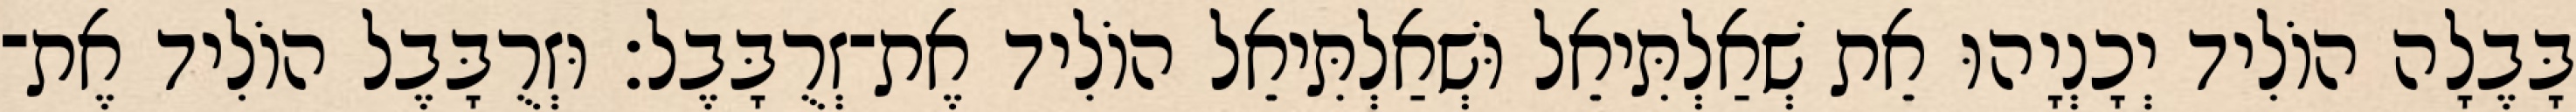
בָּבֶלָה הוֹלִיד יְכָנְיָהוּ אֵת שְׁאַלְתִּיאֵל וּשְׁאַלְתִּיאֵל הוֹלִיד אֶת־זְרֻבָּבֶל׃ וּזְרֻבָּבֶל הוֹלִיד אֶת־